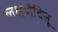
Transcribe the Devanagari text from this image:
लक्षणेदिसू